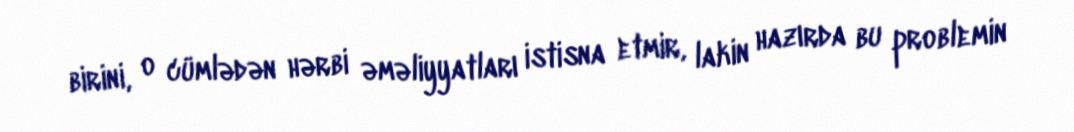
birini, o cümlədən hərbi əməliyyatları istisna etmir, lakin hazırda bu problemin